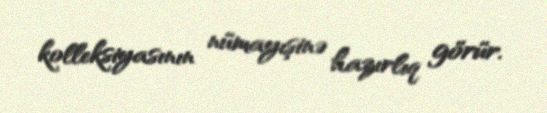
kolleksiyasının nümayışinə hazırlıq görür.